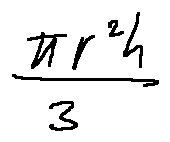
\frac { \pi r ^ { 2 } h } { 3 }